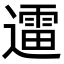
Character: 䢮